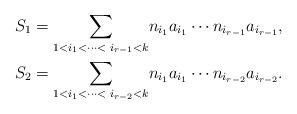
LaTeX: \begin{align*}S_{1} & ={\displaystyle\sum\limits_{1<i_{1}<\cdots<\text{\ }i_{r-1}<k}}n_{i_{1}}a_{i_{1}}\cdots n_{i_{r-1}}a_{i_{r-1}},\\S_{2} & ={\displaystyle\sum\limits_{1<i_{1}<\cdots<\text{\ }i_{r-2}<k}}n_{i_{1}}a_{i_{1}}\cdots n_{i_{r-2}}a_{i_{r-2}}.\end{align*}